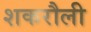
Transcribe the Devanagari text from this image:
शकरौली